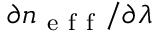
\partial n _ { \mathrm { ~ e ~ f ~ f ~ } } / \partial \lambda